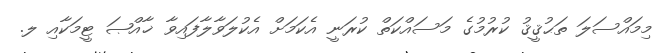
މިމައްސަލަ ތަޙުޤީޤު ކުރުމުގެ މަސައްކަތް ކުރަނީ އެކަމަށް އެކުލަވާލާފައިވާ ޚާއްޞަ ޓީމަކާއި ލ.